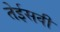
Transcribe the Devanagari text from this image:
तेईसवीं